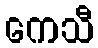
ကေသီ